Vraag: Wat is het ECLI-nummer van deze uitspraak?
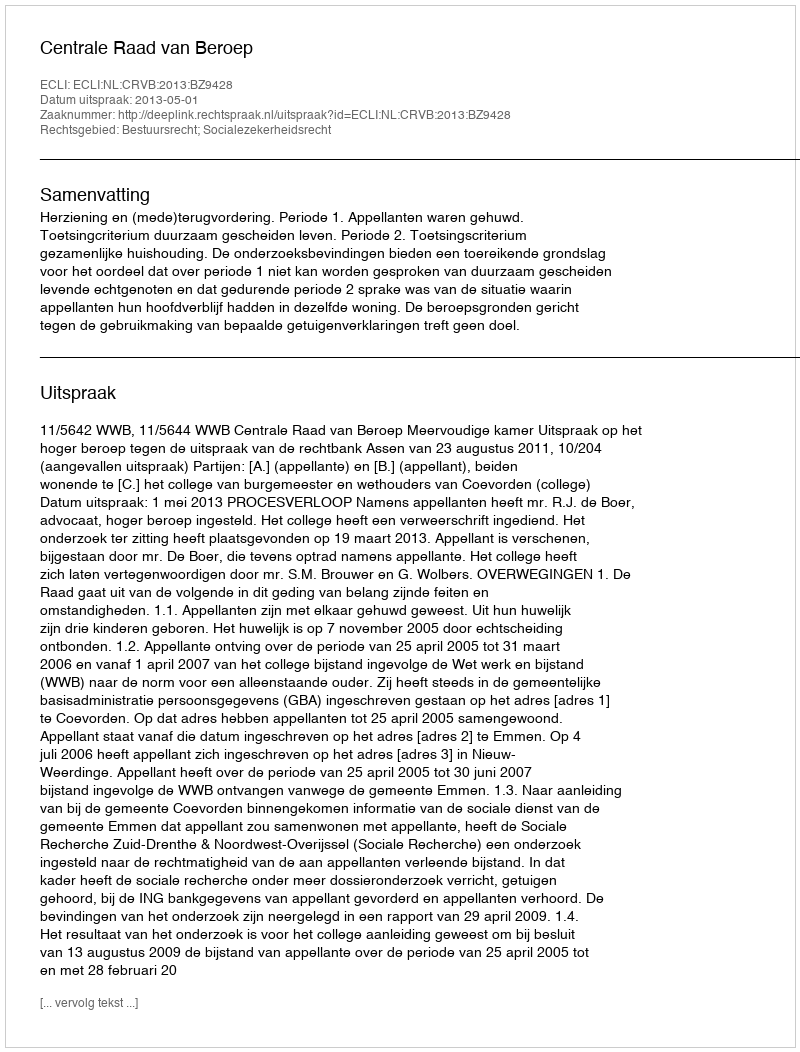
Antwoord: ECLI:NL:CRVB:2013:BZ9428